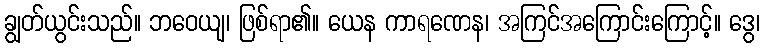
ချွတ်ယွင်းသည်။ ဘဝေယျ၊ ဖြစ်ရာ၏။ ယေန ကာရဏေန၊ အကြင်အကြောင်းကြောင့်။ ဒွေ၊